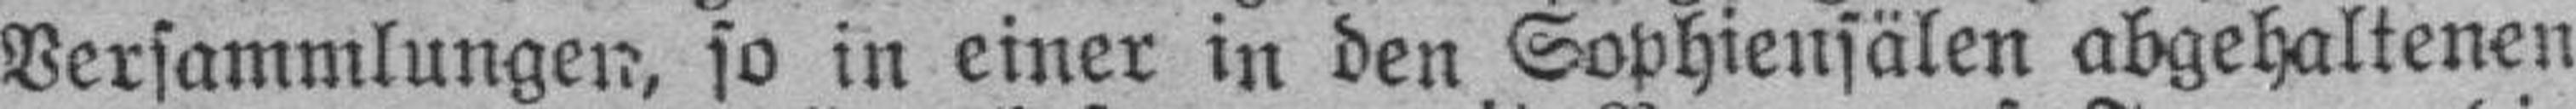
Versammlungen, so in einer in den Sophiensälen abgehaltenen